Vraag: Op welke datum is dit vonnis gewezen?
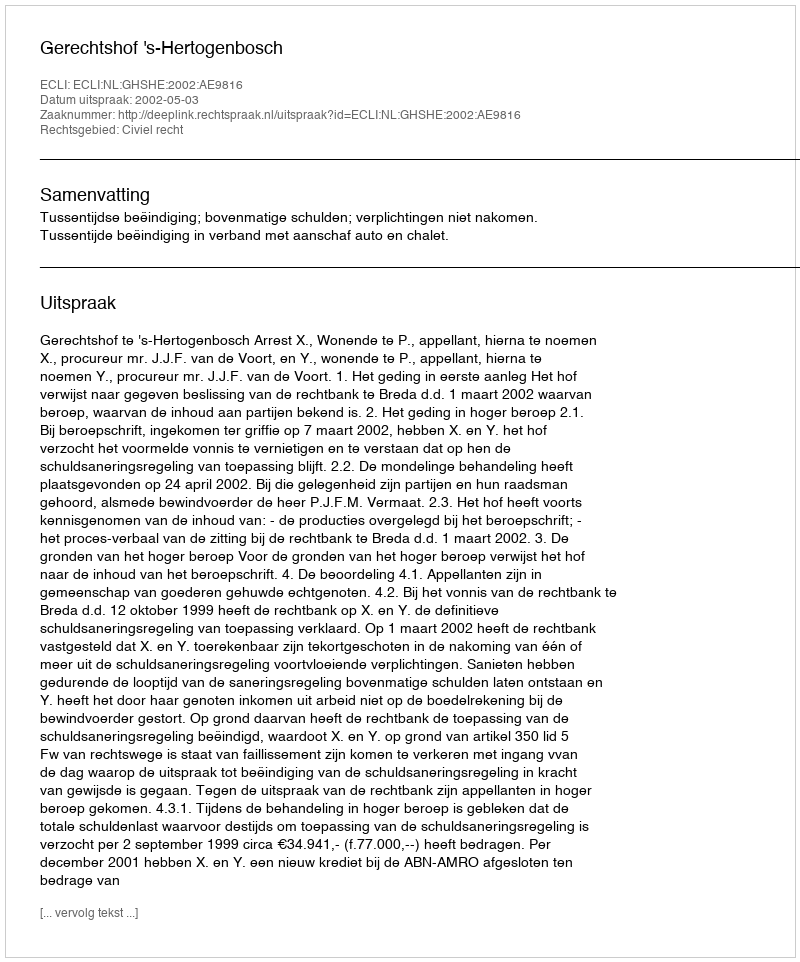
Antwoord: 2002-05-03